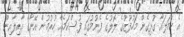
އެ ހަމަލައާ ގުޅިގެން މަހުފޫޒުގެ ލޮލުގެ ފެނުމުގައި ފުސްކަމެއް ހުރުމުން އޭނާގެ އާއިލާއިން